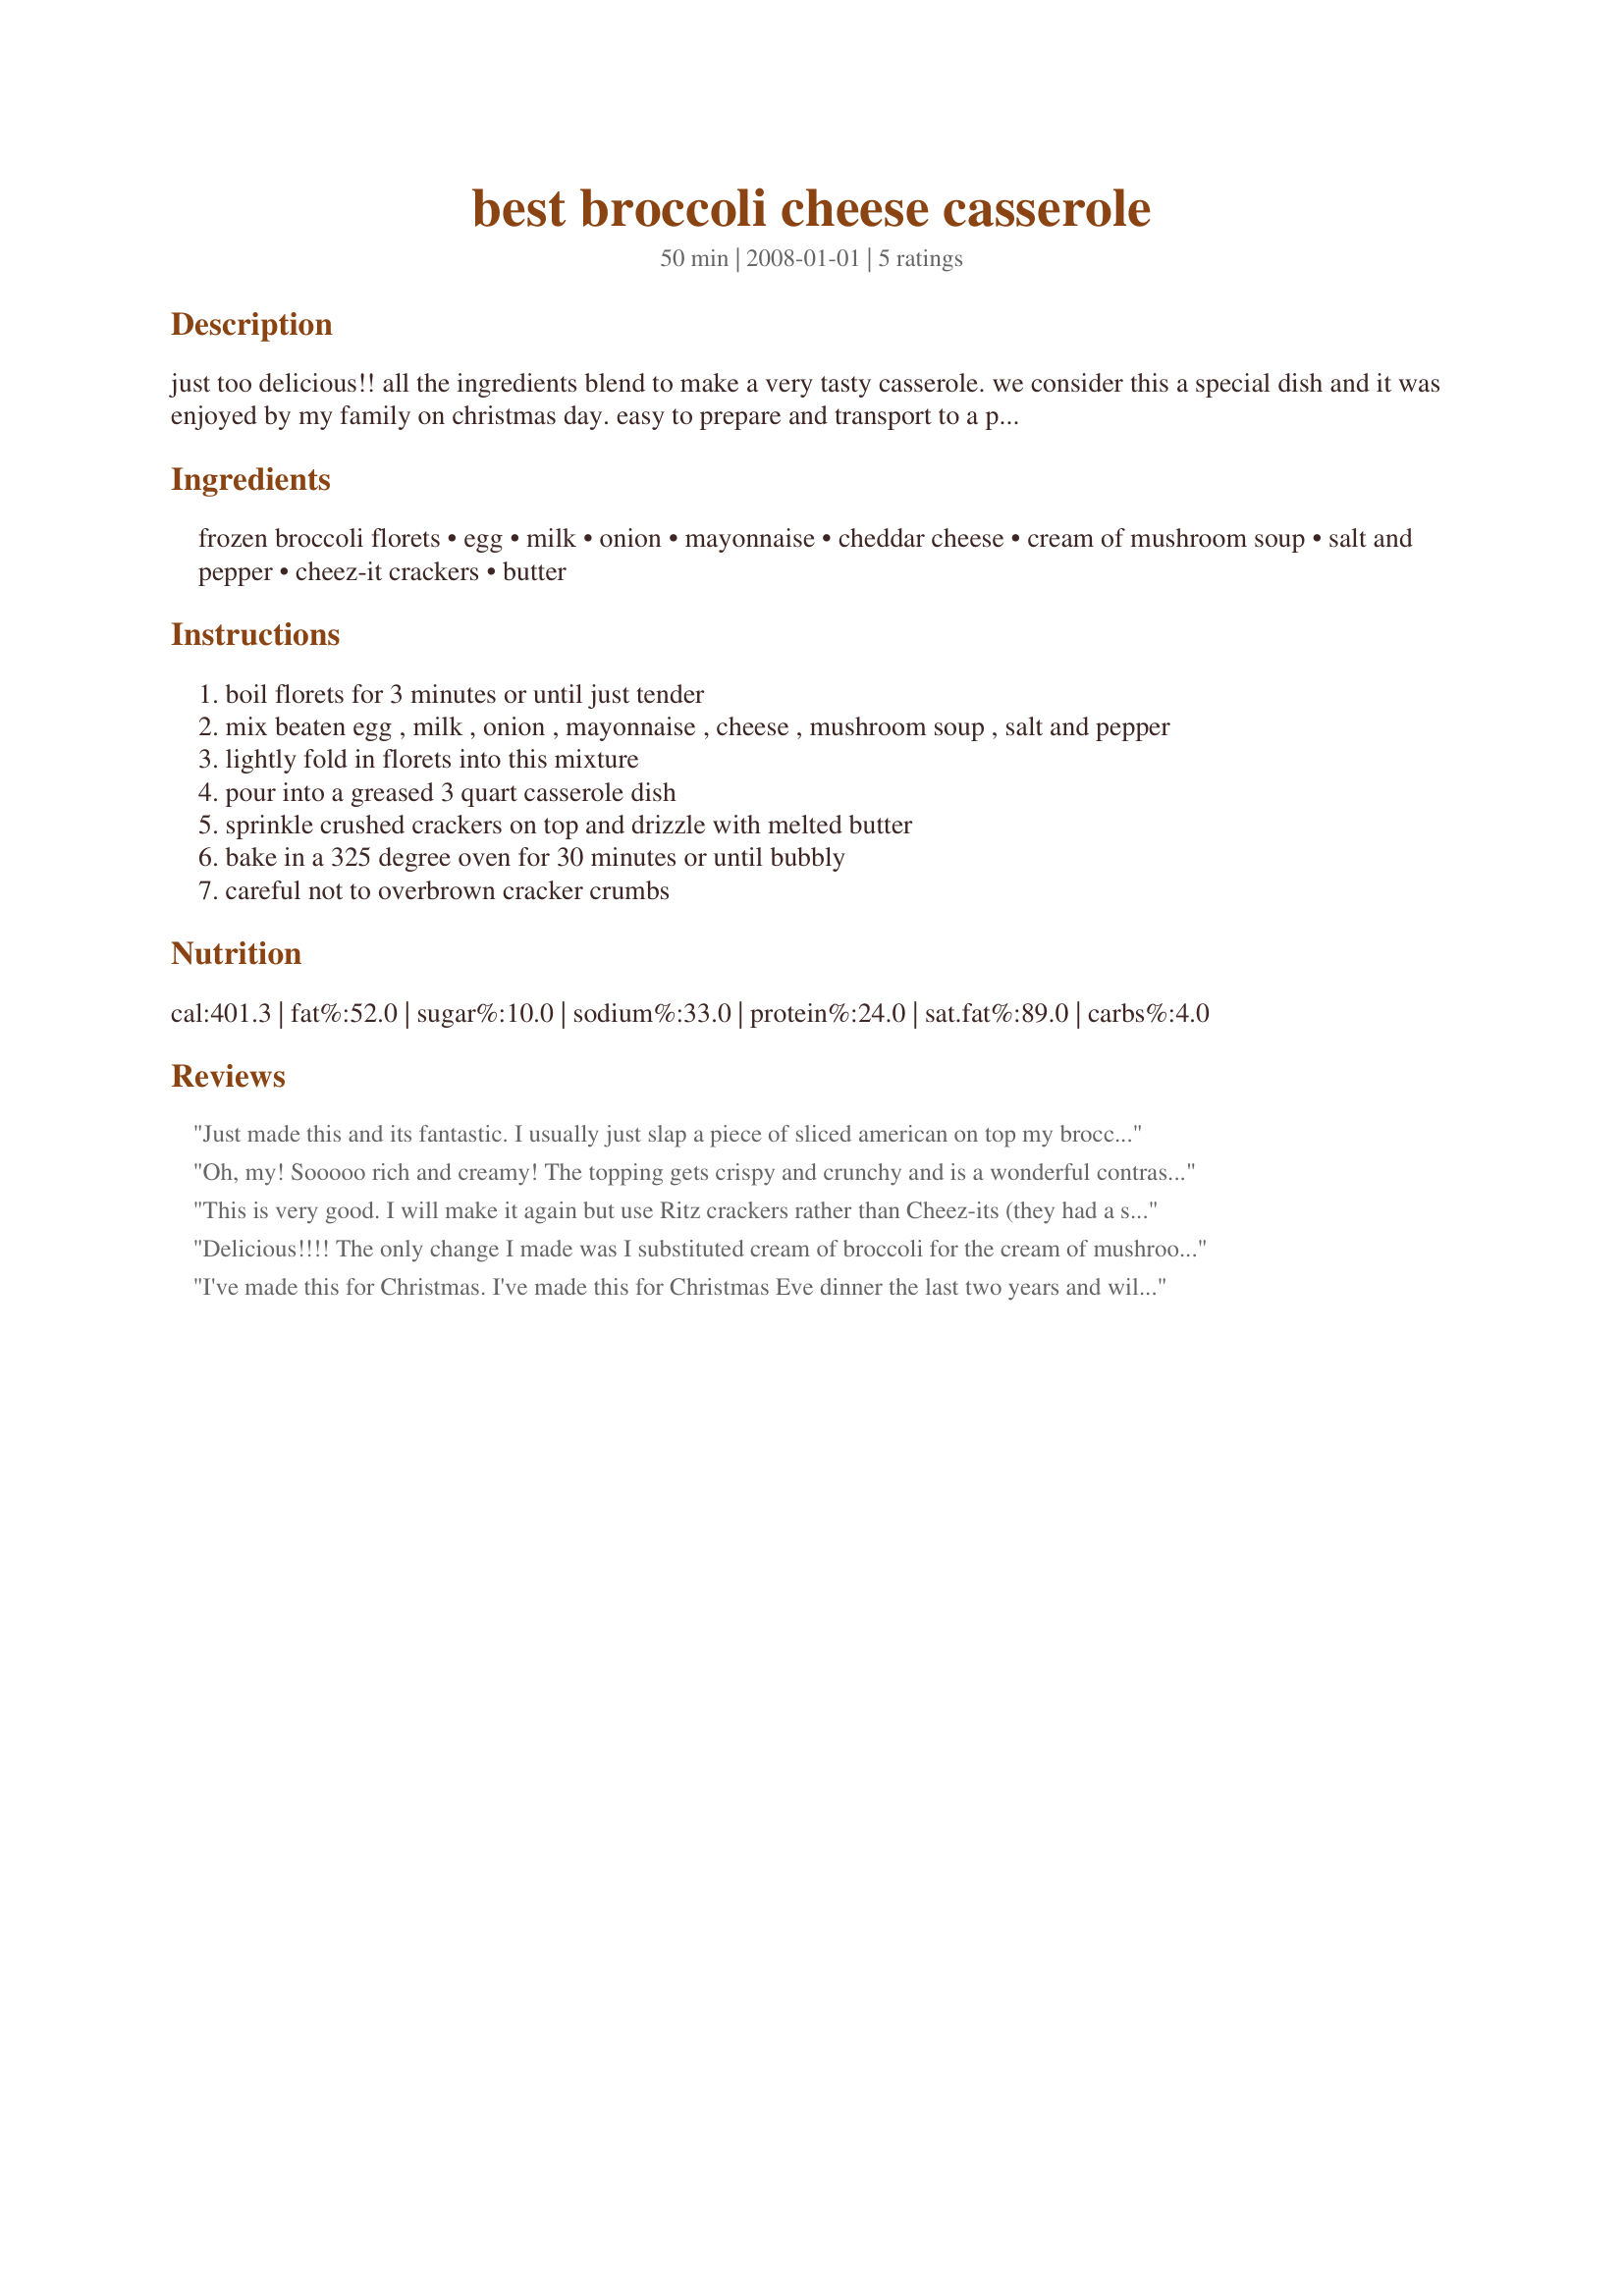
best broccoli cheese casserole
Preparation time: 50 minutes

just too delicious!! all the ingredients blend to make a very tasty casserole. we consider this a special dish and it was enjoyed by my family on christmas day. easy to prepare and transport to a potluck!

Ingredients:
frozen broccoli florets, egg, milk, onion, mayonnaise, cheddar cheese, cream of mushroom soup, salt and pepper, cheez-it crackers, butter

Steps:
boil florets for 3 minutes or until just tender
mix beaten egg , milk , onion , mayonnaise , cheese , mushroom soup , salt and pepper
lightly fold in florets into this mixture
pour into a greased 3 quart casserole dish
sprinkle crushed crackers on top and drizzle with melted butter
bake in a 325 degree oven for 30 minutes or until bubbly
careful not to overbrown cracker crumbs

Reviews:
Just made this and its fantastic. I usually just slap a piece of sliced american on top my broccoli but being a holiday weekend I wanted to make something different. I followed the recipe exactly and it came out delicious!!! Thanks so much.
Oh, my! Sooooo rich and creamy! The topping gets crispy and crunchy and is a wonderful contrast to the creamy casserole. I would make sure to use the cheez-it crackers (or similar brand of square cheese crackers) and not substitute them with some other kind. I only used 1/4 cup of melted butter and that amount was planty. Thanx for a yummy rich broccoli casserole.
This is very good. I will make it again but use Ritz crackers rather than Cheez-its (they had a strange, almost hard texture and I know the Ritz make a wonderful topping) and some Velveeta or cheese whiz will be added, as we thought it could have a little more of an additional cheese in there. I really like the rest of the ingredients. Thank you for sharing!
Delicious!!!! The only change I made was I substituted cream of broccoli for the cream of mushroom as my husband does not like mushrooms. Will most definitely make again!!!
I've made this for Christmas. I've made this for Christmas Eve dinner the last two years and will continue to make it every year. It is excellent! In fact it was my husband's favorite part of dinner!
